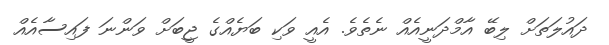
ދައުލަތަށް ލިބޭ އާމްދަނީއެއް ނެތެވެ. އެއީ ވަކި ބަޔެއްގެ ޖީބަށް ވަންނަ ފައިސާއެއް